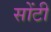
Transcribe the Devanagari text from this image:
सोंटी